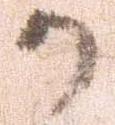
か